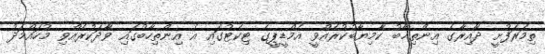
ތިމަރަފުށީ ދާއިރާގެ އިންތިޚާބު ކާމިޔާބުކުރެއްވީ އެމްޑީޕީގެ ޓިކެޓުގައި އެ އިންތިހާބުގައި ވާދަކުރެއްވި މުހައްމަދު